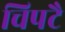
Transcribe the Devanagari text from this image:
चिपटै